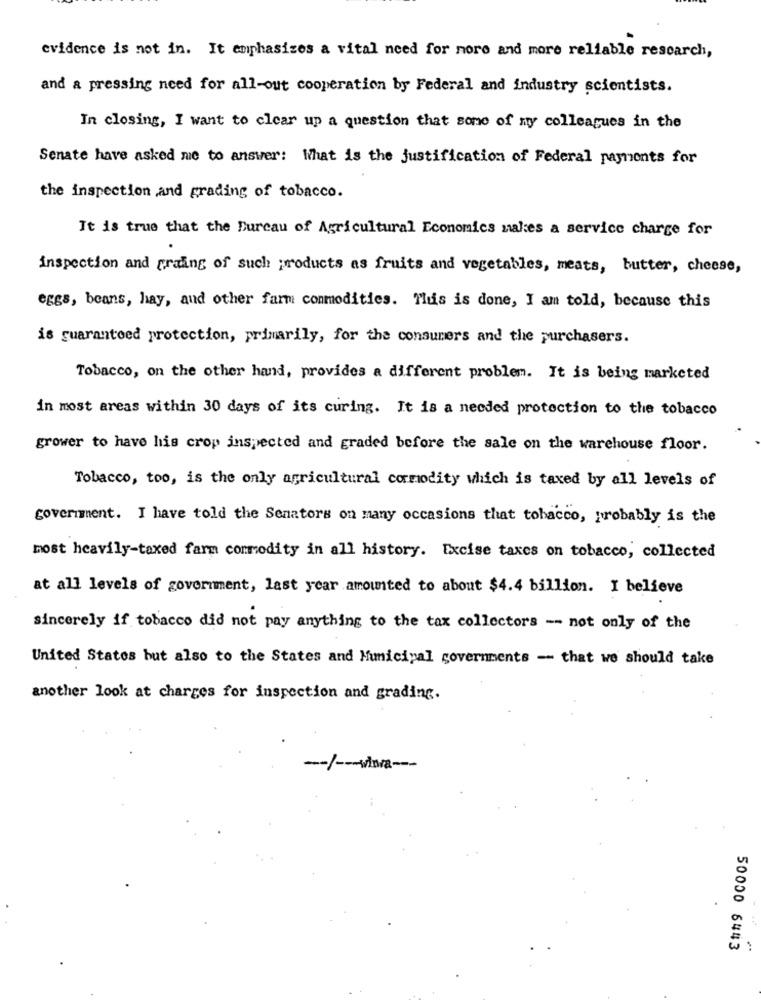
evidence is not in. It emphasizes a vital need for more and more reliable research,
and a pressing need for all-out cooperation by Federal and industry scientists.
In closing, I want to clear up a question that some of my colleagues in the
Senate have asked me to answer: What is the justification of Federal payments for
the inspection and grading of tobacco.
It is true that the Bureau of Agricultural Economics makes a service charge for
inspection and praing of such products as fruits and vegetables, meats, butter, cheese,
eggs, beans, hay, and other farm commodities. This is done, I am told, because this
is guaranteed protection, primarily, for the consumers and the purchasers.
Tobacco, on the other hand, provides a different problem. It is being marketed
in most areas within 30 days of its curing. It is a needed protection to the tobacco
grower to have his crop inspected and graded before the sale on the warehouse floor.
Tobacco, too, is the only agricultural cormodity which is taxed by all levels of
government. I have told the Senators on many occasions that tobacco, probably is the
most heavily-taxed farm commodity in all history. Excise taxes on tobacco, collected
at all levels of government, last year amounted to about $4.4 billion. I believe
sincerely if tobacco did not pay anything to the tax collectors -- not only of the
United States but also to the States and Municipal governments - that we should take
another look at charges for inspection and grading.
-/ -- vina-
:
50000 6443